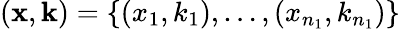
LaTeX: (\mathbf x,\mathbf k)=\{ (x_{1},k_{1}),\dots,(x_{n_{1}},k_{n_{1}})\}